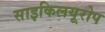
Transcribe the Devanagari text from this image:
साइकिलयूरोप